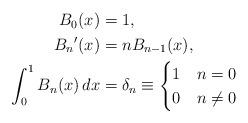
LaTeX: \begin{align*} \begin{aligned} B_0(x) &= 1,\\ {B_n}'(x) &= n B_{n - 1}(x),\\ \int_0^1 B_n(x)\,dx &= \delta_n \equiv \begin{cases} 1 & n = 0\\ 0 & n \ne 0 \end{cases} \end{aligned} \end{align*}